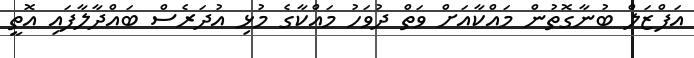
އަފްޒަލް ބުނާގޮތުން މައްކާއަށް ވަތް ދުވަހު މައްކާގެ މުޅި އުދަރެސް ބައްދާލާފައި އޮތީ